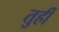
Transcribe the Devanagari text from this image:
तुर्ही